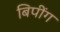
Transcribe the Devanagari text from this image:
बिपींग